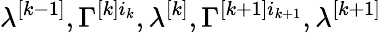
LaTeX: \lambda^{[k-1]},\Gamma^{[k]i_{k}},\lambda^{[k]},\Gamma^{[k+1]i_{k+1}},\lambda^{[k+1]}